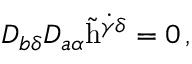
D _ { b \delta } D _ { a \alpha } \tilde { \mathrm { h } } ^ { \dot { \gamma } \delta } = 0 \, ,